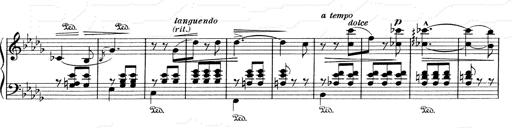
Title: Mephisto Waltz No.1
Composer: Franz Liszt